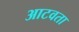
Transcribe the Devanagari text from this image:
आटवता